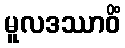
မူလဒဿာဝိံ